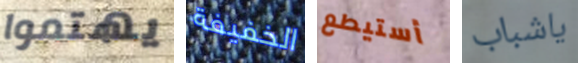
يهتموا الخفيفة أستيطع ياشباب